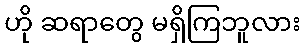
ဟို ဆရာတွေ မရှိကြဘူလား